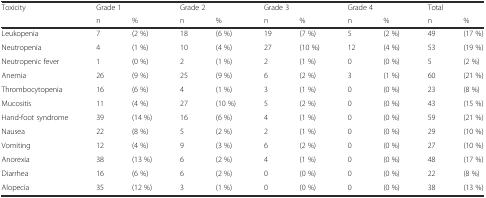
<table><thead><tr><td><b>Toxicity</b></td><td colspan="2"><b>Grade 1</b></td><td colspan="2"><b>Grade 2</b></td><td colspan="2"><b>Grade 3</b></td><td colspan="2"><b>Grade 4</b></td><td colspan="2"><b>Total</b></td></tr><tr><td></td><td><b>n</b></td><td><b>%</b></td><td><b>n</b></td><td><b>%</b></td><td><b>n</b></td><td><b>%</b></td><td><b>n</b></td><td><b>%</b></td><td><b>n</b></td><td><b>%</b></td></tr></thead><tbody><tr><td>Leukopenia</td><td>7</td><td>(2 %)</td><td>18</td><td>(6 %)</td><td>19</td><td>(7 %)</td><td>5</td><td>(2 %)</td><td>49</td><td>(17 %)</td></tr><tr><td>Neutropenia</td><td>4</td><td>(1 %)</td><td>10</td><td>(4 %)</td><td>27</td><td>(10 %)</td><td>12</td><td>(4 %)</td><td>53</td><td>(19 %)</td></tr><tr><td>Neutropenic fever</td><td>1</td><td>(0 %)</td><td>2</td><td>(1 %)</td><td>2</td><td>(1 %)</td><td>0</td><td>(0 %)</td><td>5</td><td>(2 %)</td></tr><tr><td>Anemia</td><td>26</td><td>(9 %)</td><td>25</td><td>(9 %)</td><td>6</td><td>(2 %)</td><td>3</td><td>(1 %)</td><td>60</td><td>(21 %)</td></tr><tr><td>Thrombocytopenia</td><td>16</td><td>(6 %)</td><td>4</td><td>(1 %)</td><td>3</td><td>(1 %)</td><td>0</td><td>(0 %)</td><td>23</td><td>(8 %)</td></tr><tr><td>Mucositis</td><td>11</td><td>(4 %)</td><td>27</td><td>(10 %)</td><td>5</td><td>(2 %)</td><td>0</td><td>(0 %)</td><td>43</td><td>(15 %)</td></tr><tr><td>Hand-foot syndrome</td><td>39</td><td>(14 %)</td><td>16</td><td>(6 %)</td><td>4</td><td>(1 %)</td><td>0</td><td>(0 %)</td><td>59</td><td>(21 %)</td></tr><tr><td>Nausea</td><td>22</td><td>(8 %)</td><td>5</td><td>(2 %)</td><td>2</td><td>(1 %)</td><td>0</td><td>(0 %)</td><td>29</td><td>(10 %)</td></tr><tr><td>Vomiting</td><td>12</td><td>(4 %)</td><td>9</td><td>(3 %)</td><td>6</td><td>(2 %)</td><td>0</td><td>(0 %)</td><td>27</td><td>(10 %)</td></tr><tr><td>Anorexia</td><td>38</td><td>(13 %)</td><td>6</td><td>(2 %)</td><td>4</td><td>(1 %)</td><td>0</td><td>(0 %)</td><td>48</td><td>(17 %)</td></tr><tr><td>Diarrhea</td><td>16</td><td>(6 %)</td><td>6</td><td>(2 %)</td><td>0</td><td>(0 %)</td><td>0</td><td>(0 %)</td><td>22</td><td>(8 %)</td></tr><tr><td>Alopecia</td><td>35</td><td>(12 %)</td><td>3</td><td>(1 %)</td><td>0</td><td>(0 %)</td><td>0</td><td>(0 %)</td><td>38</td><td>(13 %)</td></tr></tbody></table>